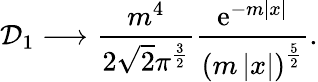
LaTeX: {\cal D}_{1}\longrightarrow\frac{m^{4}}{2\sqrt{2}\pi^{\frac 32}}\frac{\mathrm{e}^{-m\left|x\right|}}{\left(m\left|x\right|\right)^{\frac 52}}.